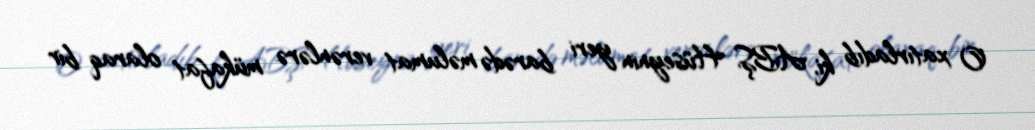
O xatırladıb ki, ABŞ Hüseynin yeri barədə məlumat verənlərə mükafat olaraq bir